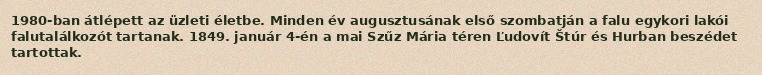
1980-ban átlépett az üzleti életbe. Minden év augusztusának első szombatján a falu egykori lakói falutalálkozót tartanak. 1849. január 4-én a mai Szűz Mária téren Ľudovít Štúr és Hurban beszédet tartottak.